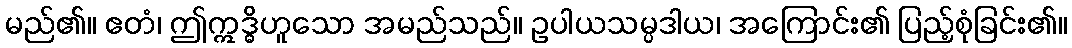
မည်၏။ ဧတံ၊ ဤဣဒ္ဓိဟူသော အမည်သည်။ ဥပါယသမ္ပဒါယ၊ အကြောင်း၏ ပြည့်စုံခြင်း၏။